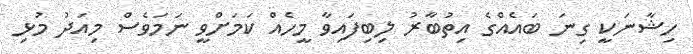
ހިޝާނަކީ ގިނަ ބައެއްގެ އިތުބާރު ލިބިފައިވާ މީހެއް ކަމަށްވީ ނަމަވެސް މިއަދު މުޅި